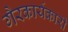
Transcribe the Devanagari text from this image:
गैरकार्यकारी